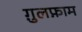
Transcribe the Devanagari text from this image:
ग़ुलफ़ाम